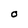
Character: O